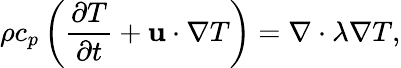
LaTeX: \rho{c_{p}}\left({\frac{{\partial T}}{{\partial t}}+{\mathbf{u}}\cdot\nabla T}\right)=\nabla\cdot\lambda\nabla T,